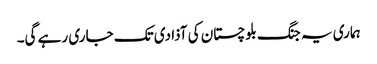
ہماری یہ جنگ بلوچستان کی آذادی تک جاری رہے گی۔